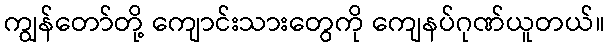
ကျွန်တော်တို့ ကျောင်းသားတွေကို ကျေနပ်ဂုဏ်ယူတယ်။